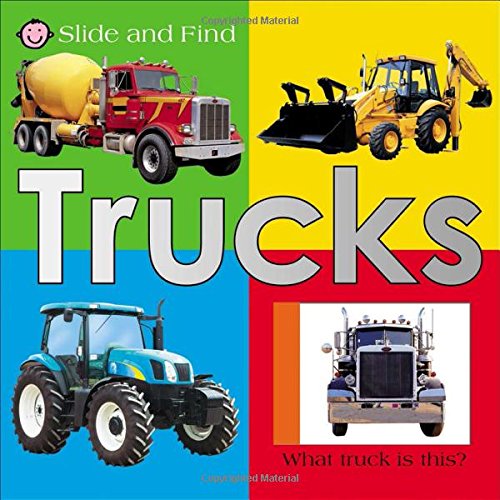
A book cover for Slide and Find - Trucks; Roger Priddy; Children's Books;